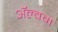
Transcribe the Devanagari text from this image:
अॅल्बम